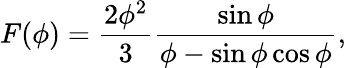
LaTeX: F(\phi)=\frac{2\phi^{2}}{3}\frac{\sin{\phi}}{\phi-\sin\phi\cos\phi},